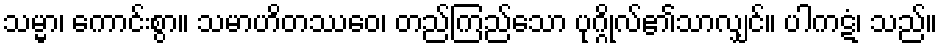
သမ္မာ၊ ကောင်းစွာ။ သမာဟိတဿေဝ၊ တည်ကြည်သော ပုဂ္ဂိုလ်၏သာလျှင်။ ပါကဋံ၊ သည်။